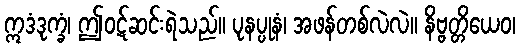
ဣဒံဒုက္ခံ၊ ဤဝဋ်ဆင်းရဲသည်။ ပုနပ္ပုနံ၊ အဖန်တစ်လဲလဲ။ နိဗ္ဗတ္တိယေဝ၊